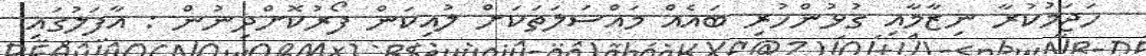
ހަޖަމުކުރާ ނިޒާމާއި ގުޅުންހުރި ބައެއް މައްސަލަތަކަށް ލުއިކަން ފޯރުކޮށްދިނުން : އާފަލުގައި